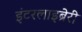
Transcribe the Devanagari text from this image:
इंटरलाइब्रेरी